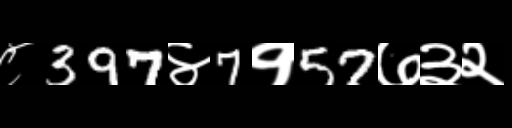
Text: ८397४7१57७३२